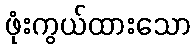
ဖုံးကွယ်ထားသော